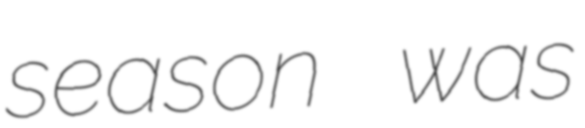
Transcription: season was